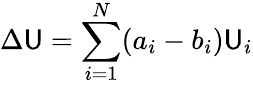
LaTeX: \Delta\mathsf{U}=\sum_{i=1}^{N}(a_{i}-b_{i})\mathsf{U}_{i}